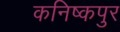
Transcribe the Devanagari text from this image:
कनिष्कपुर